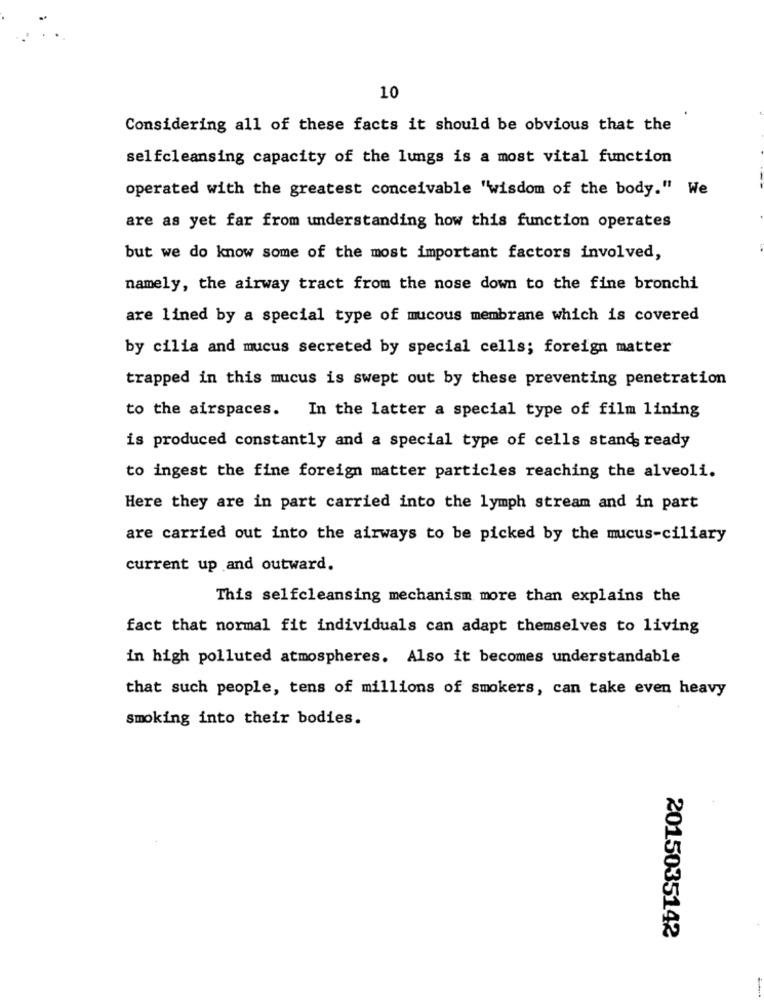
10
Considering all of these facts it should be obvious that the
selfcleansing capacity of the lungs is a most vital function
operated with the greatest conceivable "wisdom of the body." We
are as yet far from understanding how this function operates
but we do know some of the most important factors involved,
namely, the airway tract from the nose down to the fine bronchi
are lined by a special type of mucous membrane which is covered
by cilia and mucus secreted by special cells; foreign matter
trapped in this mucus is swept out by these preventing penetration
to the airspaces. In the latter a special type of film lining
is produced constantly and a special type of cells stands ready
to ingest the fine foreign matter particles reaching the alveoli.
Here they are in part carried into the lymph stream and in part
are carried out into the airways to be picked by the mucus-ciliary
current up and outward.
This selfcleansing mechanism more than explains the
fact that normal fit individuals can adapt themselves to living
in high polluted atmospheres. Also it becomes understandable
that such people, tens of millions of smokers, can take even heavy
smoking into their bodies.
2015035142